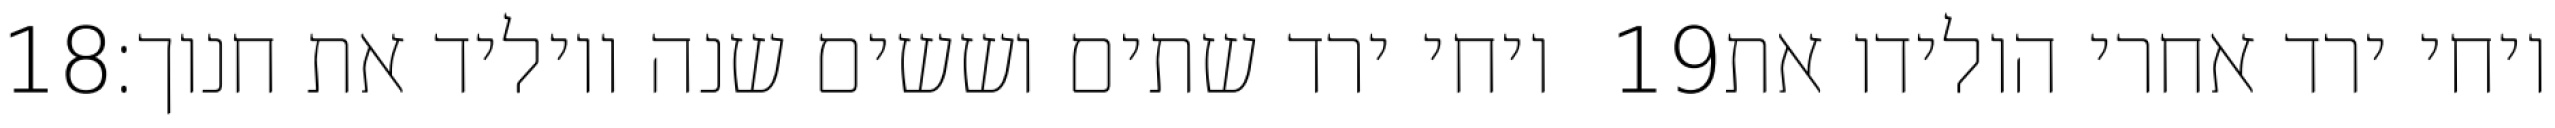
‎18‏ ויחי ירד שתים וששים שנה ויוליד את חנוך׃ ‎19‏ ויחי ירד אחרי הולידו את